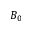
B _ { 0 }